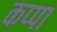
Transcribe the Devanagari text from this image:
कप्‍पा